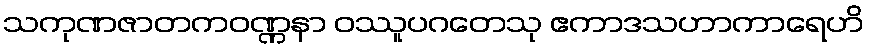
သကုဏဇာတကဝဏ္ဏနာ ဝဿူပဂတေသု ဧကာဒသဟာကာရေဟိ